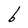
Character: b